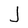
Character: J